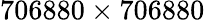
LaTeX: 706880\times 706880